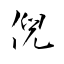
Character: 倪